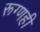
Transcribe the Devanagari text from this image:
रूग्णही